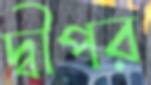
দ্বীপর